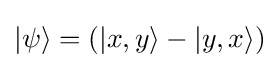
\left|\psi \right\rangle =(\left|x,y\right\rangle -\left|y,x\right\rangle )